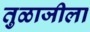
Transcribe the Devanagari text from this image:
तुळाजीला